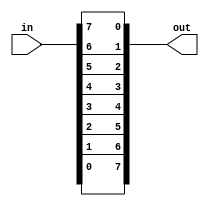
/*
Given an 8-bit input vector [7:0], reverse its bit ordering.
*/

module top_module( 
    input [7:0] in,
    output [7:0] out
);
    assign out = {in[0],in[1],in[2],in[3],in[4],in[5],in[6],in[7]};
endmodule

/*
Using loops:
  for (int i=0;i<8;i++) begin
    out[i] = in[8-1 -i];
  end
*/